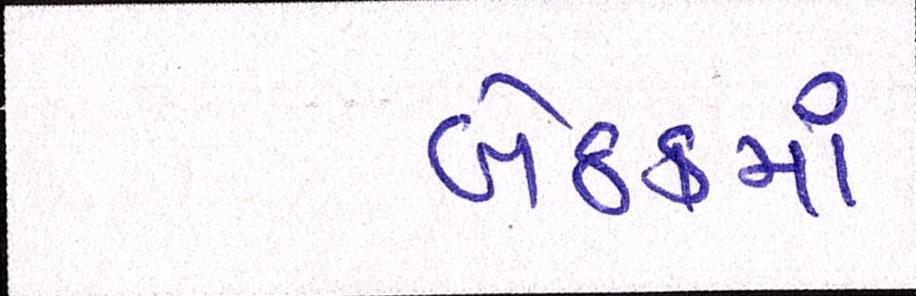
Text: બેઠકમાં